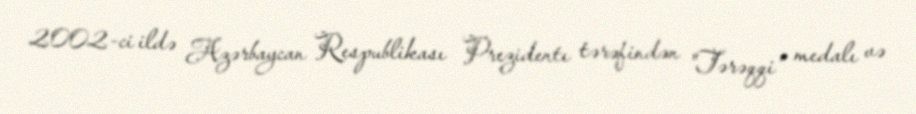
2002-ci ildə Azərbaycan Respublikası Prezidentı tərəfindən "Tərəqqi" medalı və